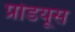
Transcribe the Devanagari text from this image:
प्रोडयूस